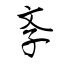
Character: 斈